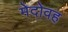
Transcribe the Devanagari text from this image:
मेदोवह